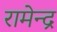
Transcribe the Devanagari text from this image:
रामेन्द्र